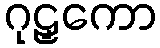
ဂုဠှကော